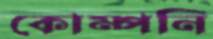
কোম্পনি